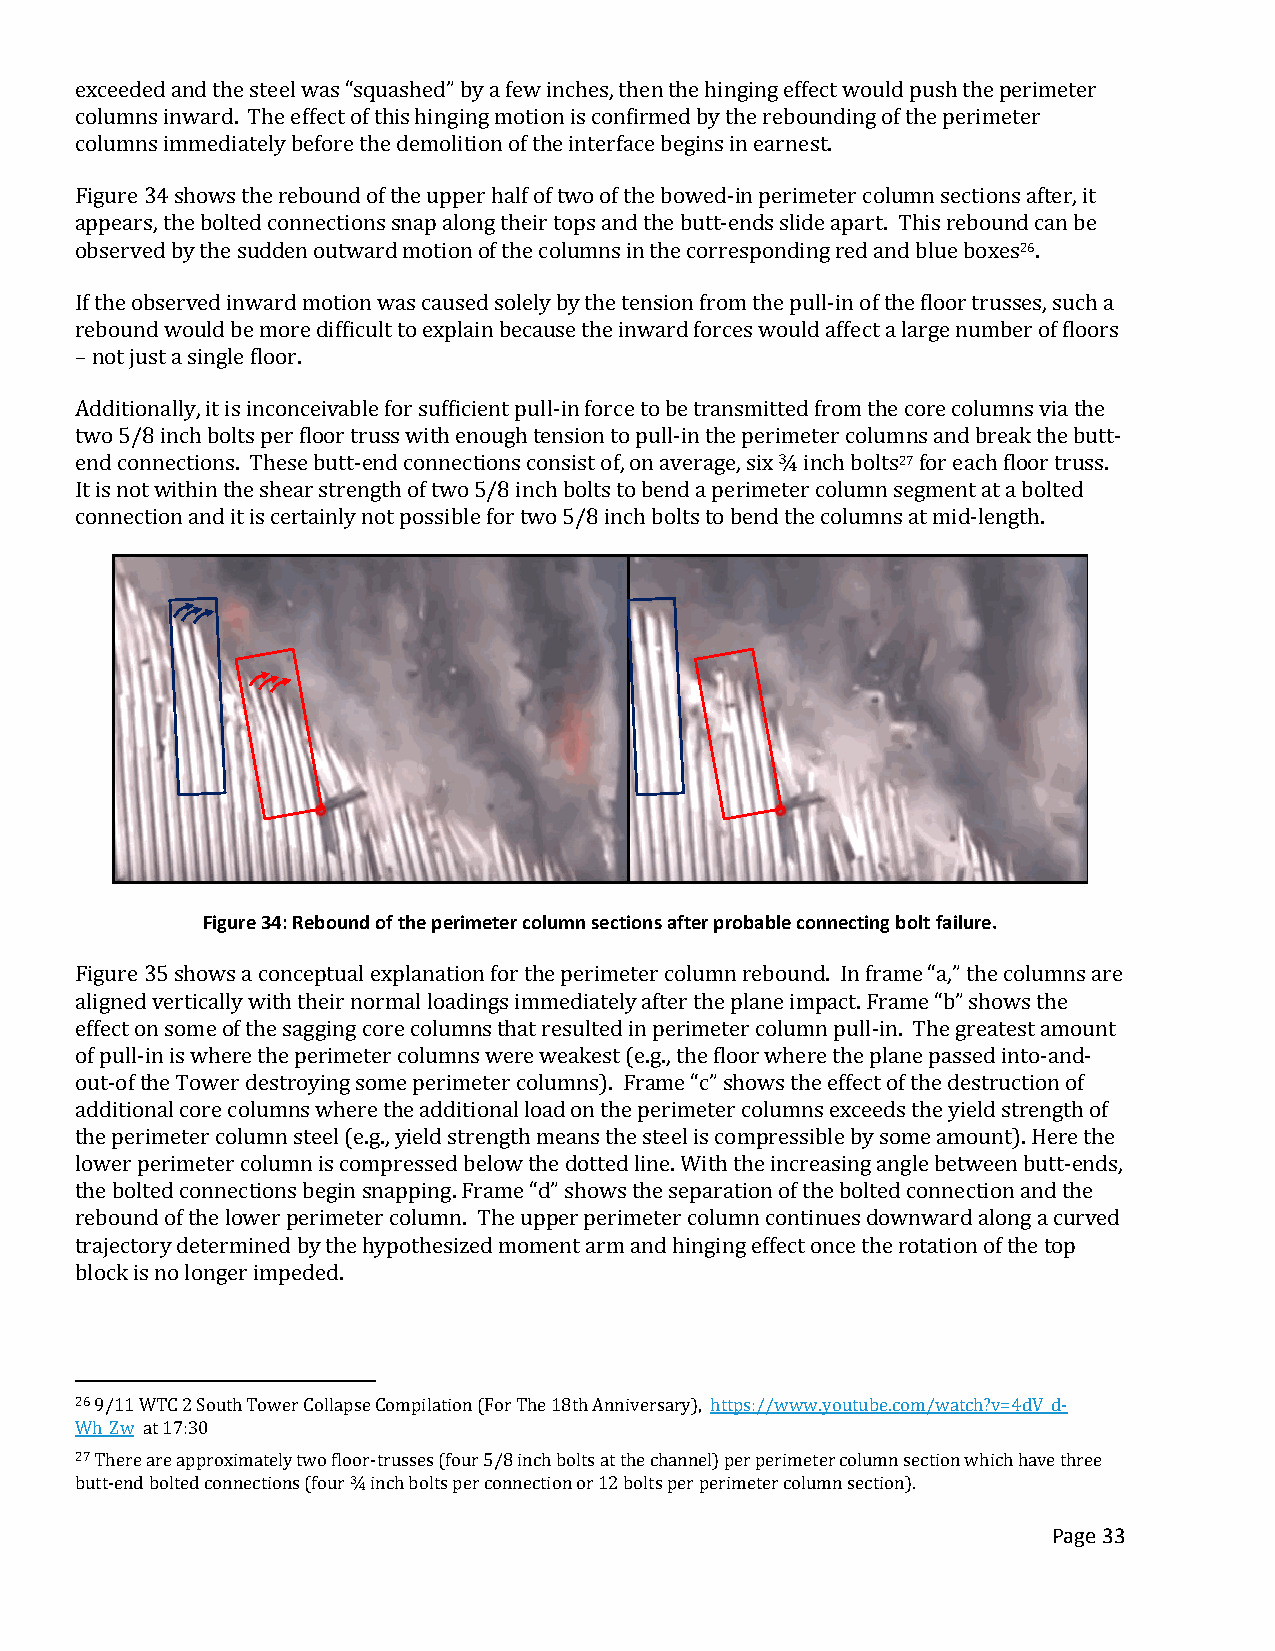
exceeded and the steel was “squashed” by a few inches, then the hinging effect would push the perimeter
 columns inward. The effect of this hinging motion is confirmed by the rebounding of the perimeter
 columns immediately before the demolition of the interface begins in earnest.
 Figure 34 shows the rebound of the upper half of two of the bowed-in perimeter column sections after, it
 appears, the bolted connections snap along their tops and the butt-ends slide apart. This rebound can be
 observed by the sudden outward motion of the columns in the corresponding red and blue boxes26.
 If the observed inward motion was caused solely by the tension from the pull-in of the floor trusses, such a
 rebound would be more difficult to explain because the inward forces would affect a large number of floors
 – not just a single floor.
 Additionally, it is inconceivable for sufficient pull-in force to be transmitted from the core columns via the
 two 5/8 inch bolts per floor truss with enough tension to pull-in the perimeter columns and break the butt-
 end connections. These butt-end connections consist of, on average, six ¾ inch bolts27 for each floor truss.
 It is not within the shear strength of two 5/8 inch bolts to bend a perimeter column segment at a bolted
 connection and it is certainly not possible for two 5/8 inch bolts to bend the columns at mid-length.
 Figure 34: Rebound of the perimeter column sections after probable connecting bolt failure.
 Figure 35 shows a conceptual explanation for the perimeter column rebound. In frame “a,” the columns are
 aligned vertically with their normal loadings immediately after the plane impact. Frame “b” shows the
 effect on some of the sagging core columns that resulted in perimeter column pull-in. The greatest amount
 of pull-in is where the perimeter columns were weakest (e.g., the floor where the plane passed into-and-
 out-of the Tower destroying some perimeter columns). Frame “c” shows the effect of the destruction of
 additional core columns where the additional load on the perimeter columns exceeds the yield strength of
 the perimeter column steel (e.g., yield strength means the steel is compressible by some amount). Here the
 lower perimeter column is compressed below the dotted line. With the increasing angle between butt-ends,
 the bolted connections begin snapping. Frame “d” shows the separation of the bolted connection and the
 rebound of the lower perimeter column. The upper perimeter column continues downward along a curved
 trajectory determined by the hypothesized moment arm and hinging effect once the rotation of the top
 block is no longer impeded.
 26 9/11 WTC 2 South Tower Collapse Compilation (For The 18th Anniversary), https://www.youtube.com/watch?v=4dV_d-
 Wh_Zw at 17:30
 27 There are approximately two floor-trusses (four 5/8 inch bolts at the channel) per perimeter column section which have three
 butt-end bolted connections (four ¾ inch bolts per connection or 12 bolts per perimeter column section).
 Page 33